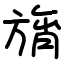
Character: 旓